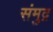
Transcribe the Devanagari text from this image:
संमुद्र